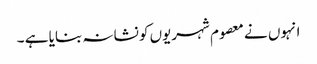
انہوں نے معصوم شہریوں کو نشانہ بنایا ہے ۔